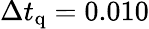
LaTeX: \Delta t_{\mathrm{q}}=0.010